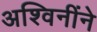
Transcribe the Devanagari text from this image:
अश्विनींने